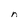
Character: n